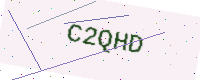
Text: C2QHD